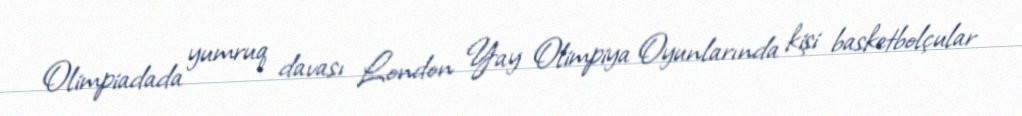
Olimpiadada yumruq davası London Yay Olimpiya Oyunlarında kişi basketbolçular